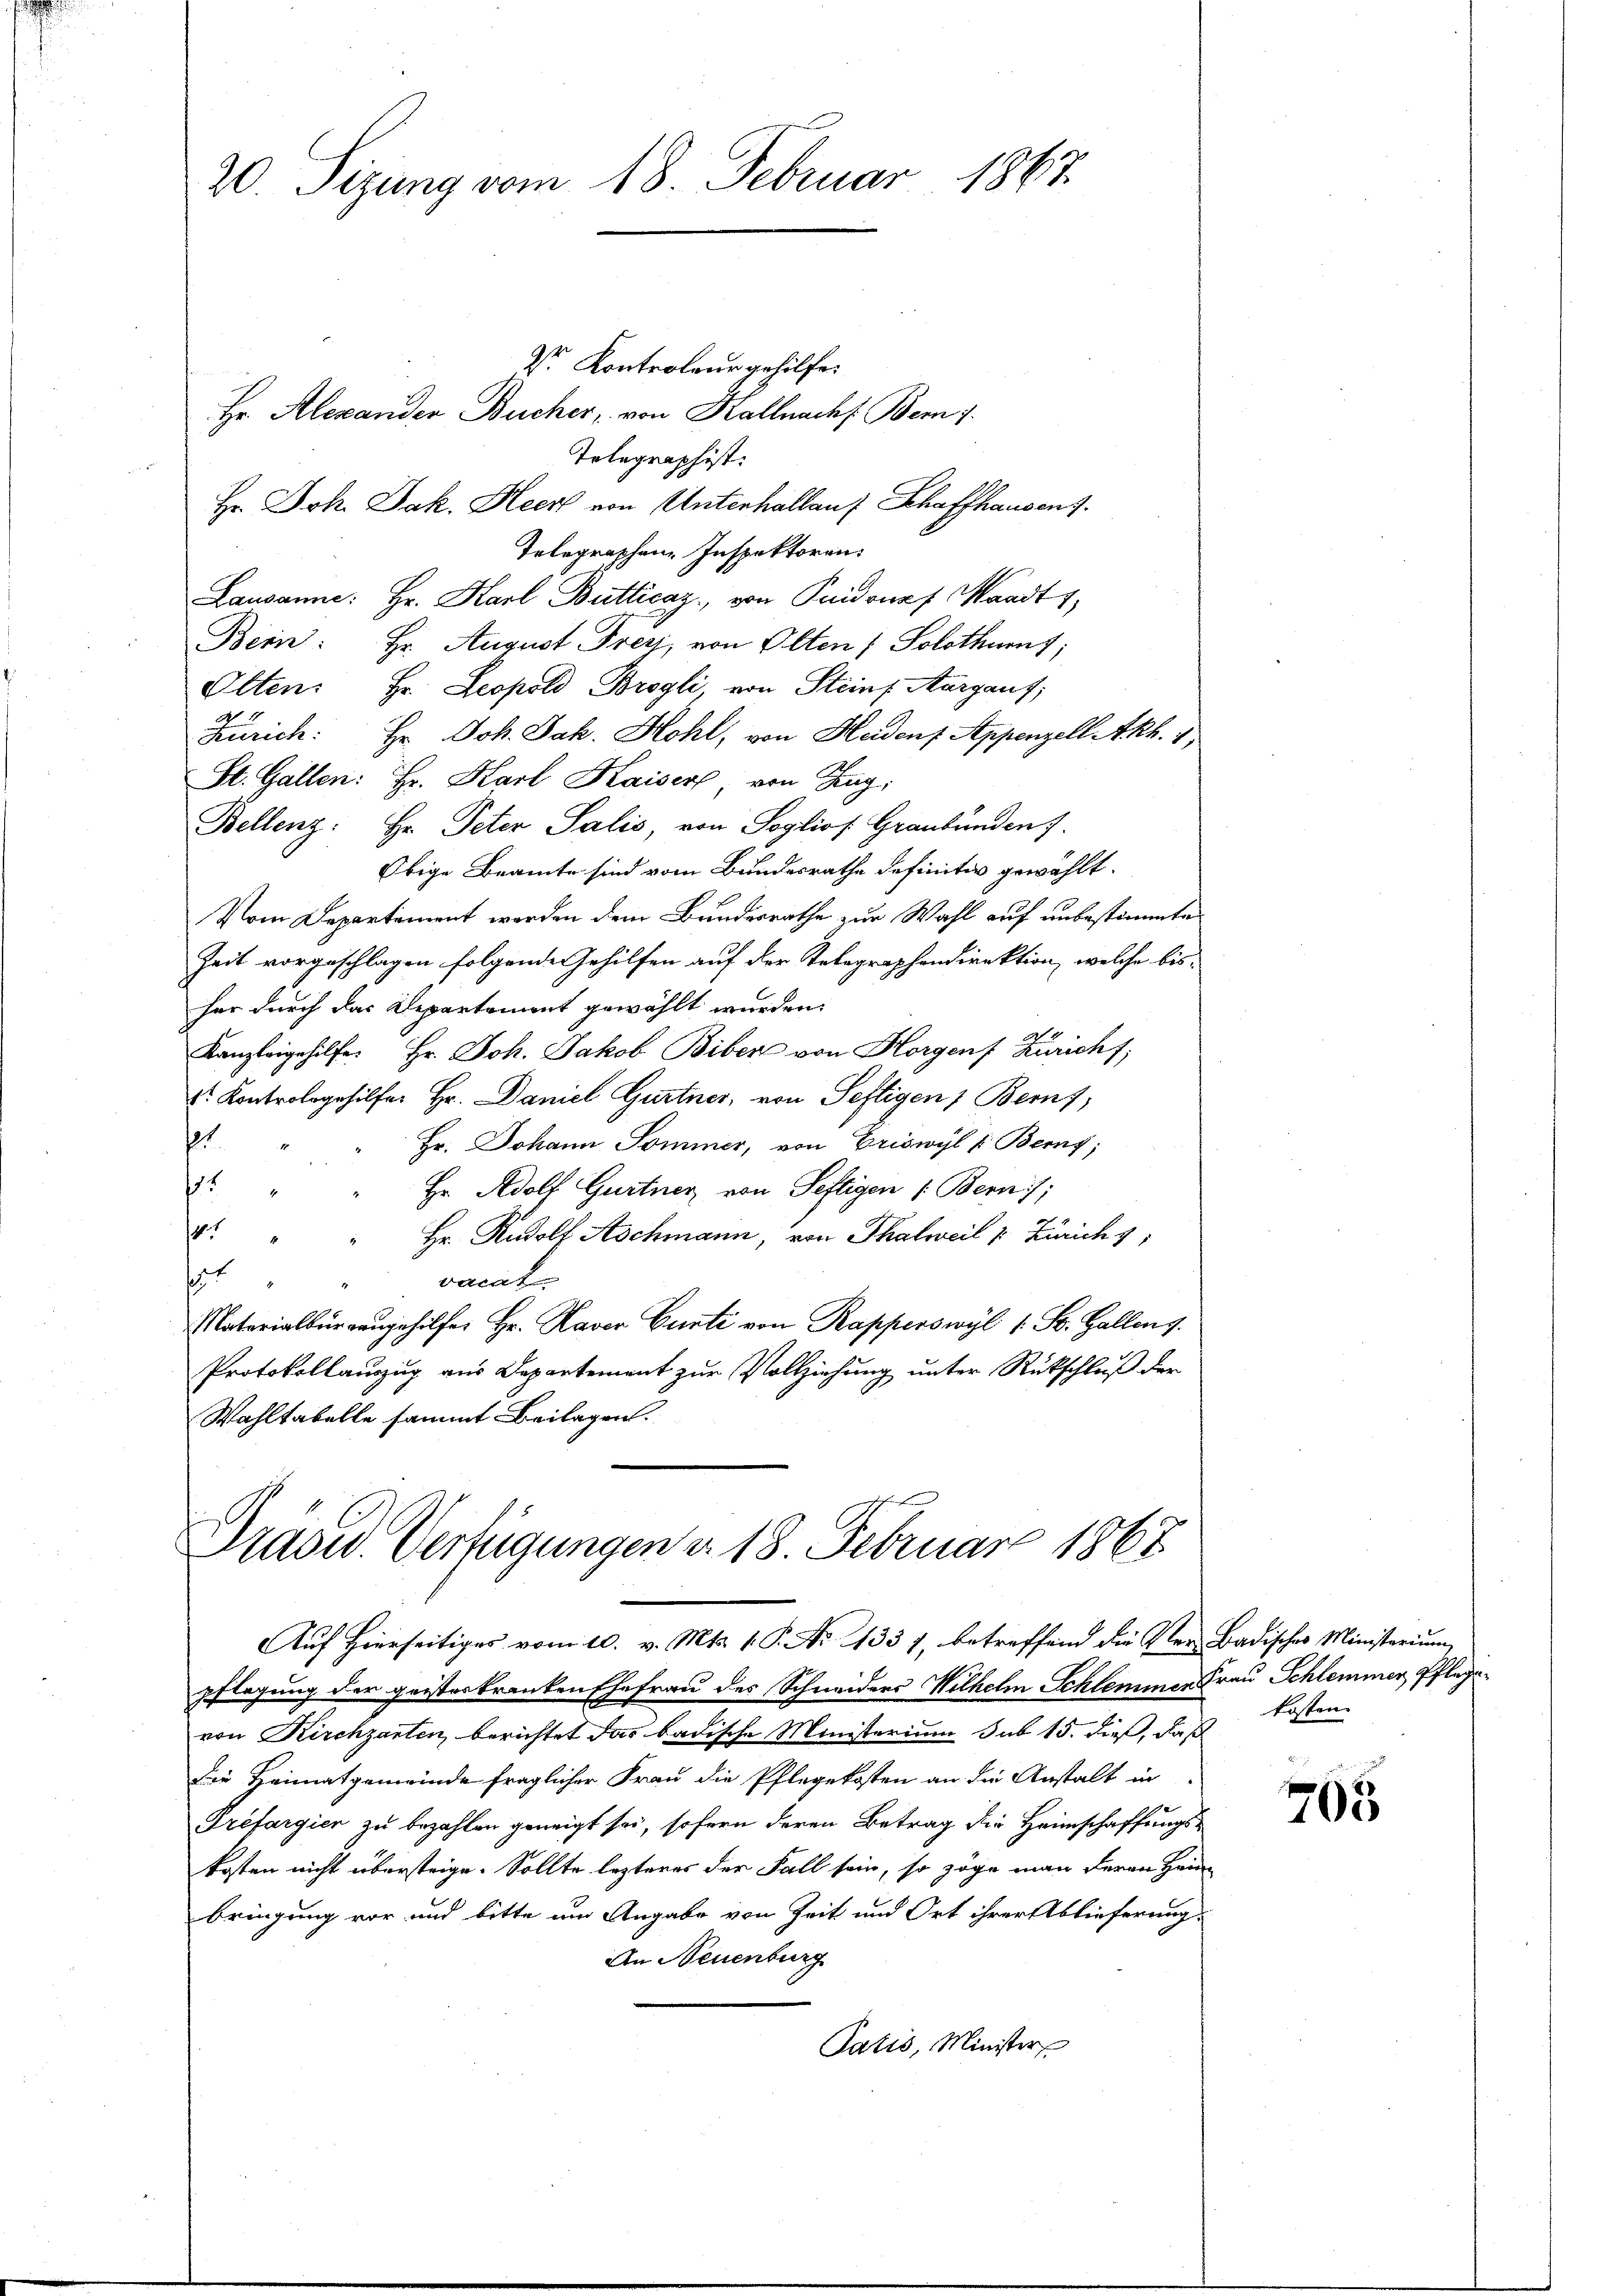
20. Sizung vom 18. Februar 1867.

Dr. Kontroleur gehilfe.
Hr. Alexanden Bücher, von Kallnachs Bem 7.
Telegraphist.
Hr. Joh. Jak. Heer von Unterhallauf Schaffhausen s
Telegraphen Inspektoren.
Lausanne: Hr. Karl Butticaz, von Puidonaf Waadt 1,
Bein: Hr. August Frey, von Olten ( Solothurnt;
Olten. Hr. Leopold Brogli von Steins Aargauf;
Zürich: Hr. Joh. Jak. Hohl, von Hadens Appenzell Akh. 1,
St. Gallen: Hr. Karl Kaiser, von Zug,
Bellenz: Hr. Peter Salis, von Soglios. Graubünden 7.
Obige Beamte sind vom Bundesrathe definitiv gewählt.
Vom Departement werden dem Bundesrathe zur Wahl auf unbestimmte
Zeit vorgeschlagen folgende Gehilfen auf der Telegraphendirektion, welche bisher durch das Departement gewählt wurden.
Kanzleigehilfer Hr. Joh. Jakob Biber von Horgens Züricht,
Dr. Kontrologehilfer Hr. Daniel Gurtner, von Seftigen Berns,
t.
Hr. Johann Sommer, von Eriswyl /: Berny;
1
Hr. Adolf Gurtner von Seftigen (: Bern;
4
Hr. Rudolf Aschmann, von Thalweil v. Zürich,
hut
vacat.
Natarialbürgengehilfer Hr. Raver Gurte von Rapperswyl 1 St. Gallens.
Protokollauszug aus Departement zur Vollziehung unter Rückschluß der
Wahltabelle sammt Beilagen.

Präsid. Verfügungen v. 18. Februar 1868
Auf Hierseitiges vom 10. v. Mts. 1. P. Nr. 1331, betreffend die Ver- Badisches Ministerium

pflegung der geisteskranken Ehefrau des Schneiders Wilhelm Schlemmer Frau Schlemmer Pflegevon Kirchgarten, berichtet das badische Ministerium sub 15. dieß, daß
die Heimatgemeinde fraglicher Frau die Pflegekosten an die Anstalt in
Préfargier zu bezahlen geneigt sei, sofern deren Betrag die Heimschaffungs-
kosten nicht übersteige. Sollte lezteres der Fall sein, so zöge man Herrn Hein
bringung vor und bitte am Angabe von Zeit und Ort ihrer Ablieferung
An Neuenburg
Paris, Minister

kosten.

765